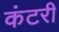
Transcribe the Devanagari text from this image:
कंटरी